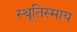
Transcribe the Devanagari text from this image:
स्थूतिस्माय